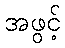
အဖွင့်